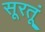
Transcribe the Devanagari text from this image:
सूरतूं